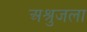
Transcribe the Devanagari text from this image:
अश्रुजला